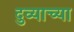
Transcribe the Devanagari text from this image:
दुव्याच्या